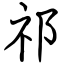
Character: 祁